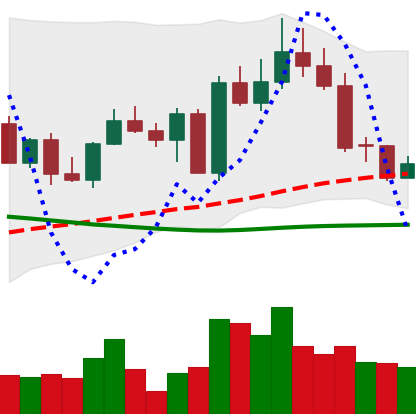
Ticker: EOS-USD
Chart end date: 2022-09-16
Forward return: -16.41%
Label: down_7plus